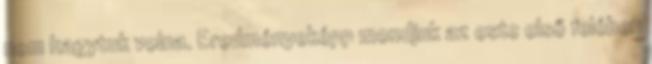
nem hagytuk volna. Eredményeképp mondjuk az este első felében